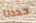
حددنا